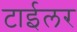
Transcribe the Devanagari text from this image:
टाईलर